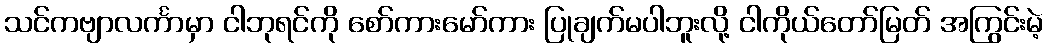
သင်ကဗျာလင်္ကာမှာ ငါဘုရင်ကို စော်ကားမော်ကား ပြုချက်မပါဘူးလို့ ငါကိုယ်တော်မြတ် အကြွင်းမဲ့